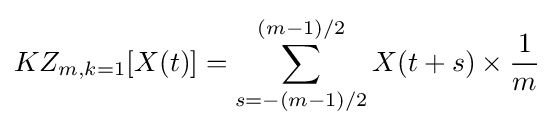
KZ_{m,k=1}[X(t)]=\sum _{s=-(m-1)/2}^{(m-1)/2}{X(t+s)}\times {\frac {1}{m}}